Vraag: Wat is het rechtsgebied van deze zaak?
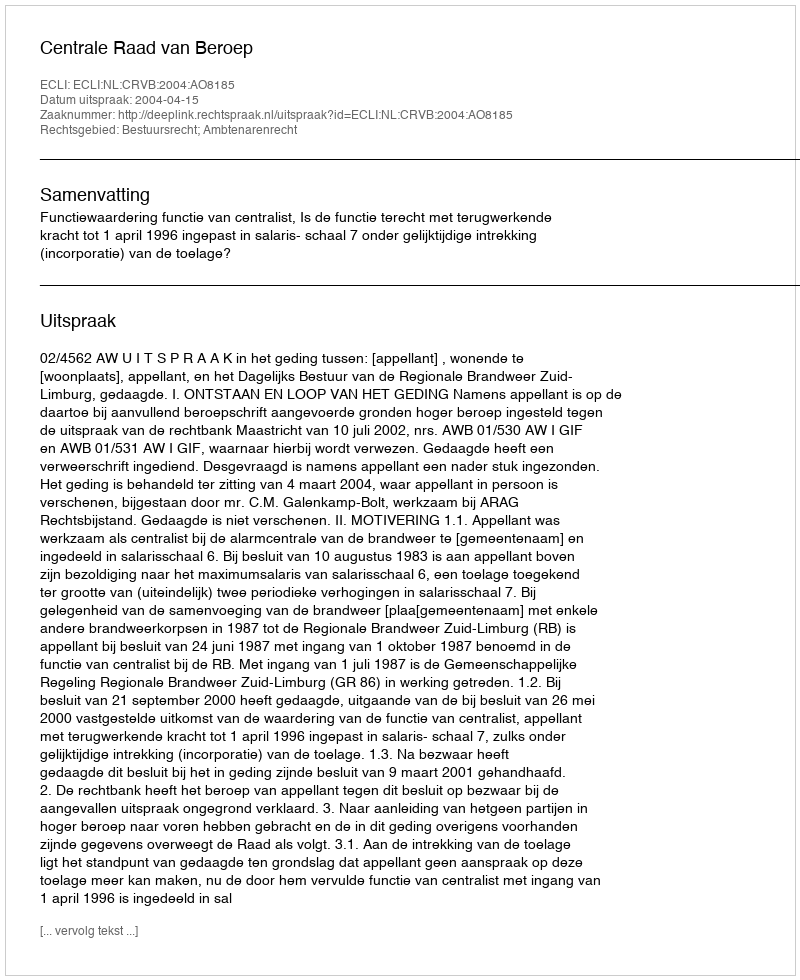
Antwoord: Bestuursrecht; Ambtenarenrecht